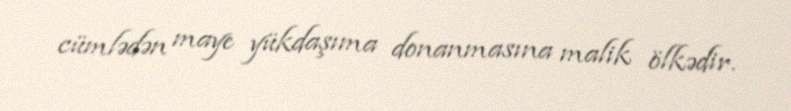
cümlədən maye yükdaşıma donanmasına malik ölkədir.